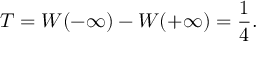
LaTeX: T = W ( - \infty ) - W ( + \infty ) = { \frac { 1 } { 4 } } .